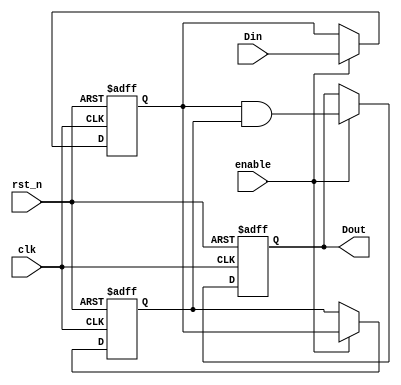
module DualFF_Detector (
    input wire clk,            // Clock signal
    input wire rst_n,         // Asynchronous active-low reset
    input wire enable,        // Enable signal for detection
    input wire Din,           // Input signal to be monitored
    output reg Dout           // Output signal indicating detection
);

// Internal signals for flip-flops
reg FF1;
reg FF2;

// Sequential logic for flip-flops
always @(posedge clk or negedge rst_n) begin
    if (!rst_n) begin
        // Reset the flip-flops and output
        FF1 <= 1'b0;
        FF2 <= 1'b0;
        Dout <= 1'b0;
    end else if (enable) begin
        // Capture input signal on rising edge of the clock
        FF1 <= Din;           // First flip-flop captures Din
        FF2 <= FF1;          // Second flip-flop captures FF1
        // Here, we can implement logic to detect the target pattern
        // For demonstration, let's assume we want Dout to be high when
        // both FF1 and FF2 are high
        Dout <= FF1 & FF2;    // Example pattern detection logic
    end
end

endmodule